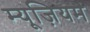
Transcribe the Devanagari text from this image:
म्‍यूज़ियम